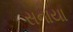
સનાયા